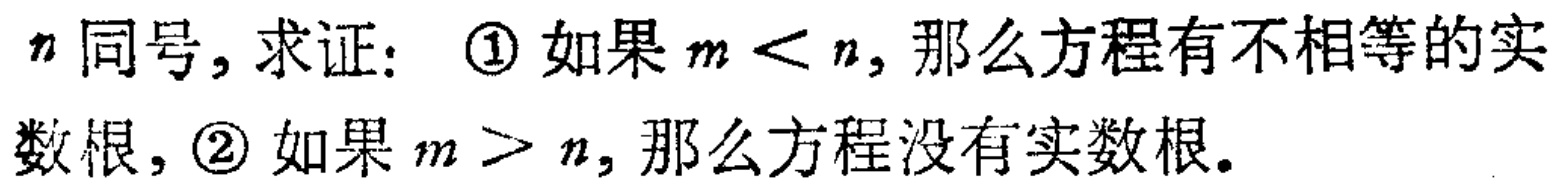
$n同号, 求证: \textcircled{1}如果m < n, 那么方程有不相等的实数根, \textcircled{2}如果m > n, 那么方程没有实数根.$